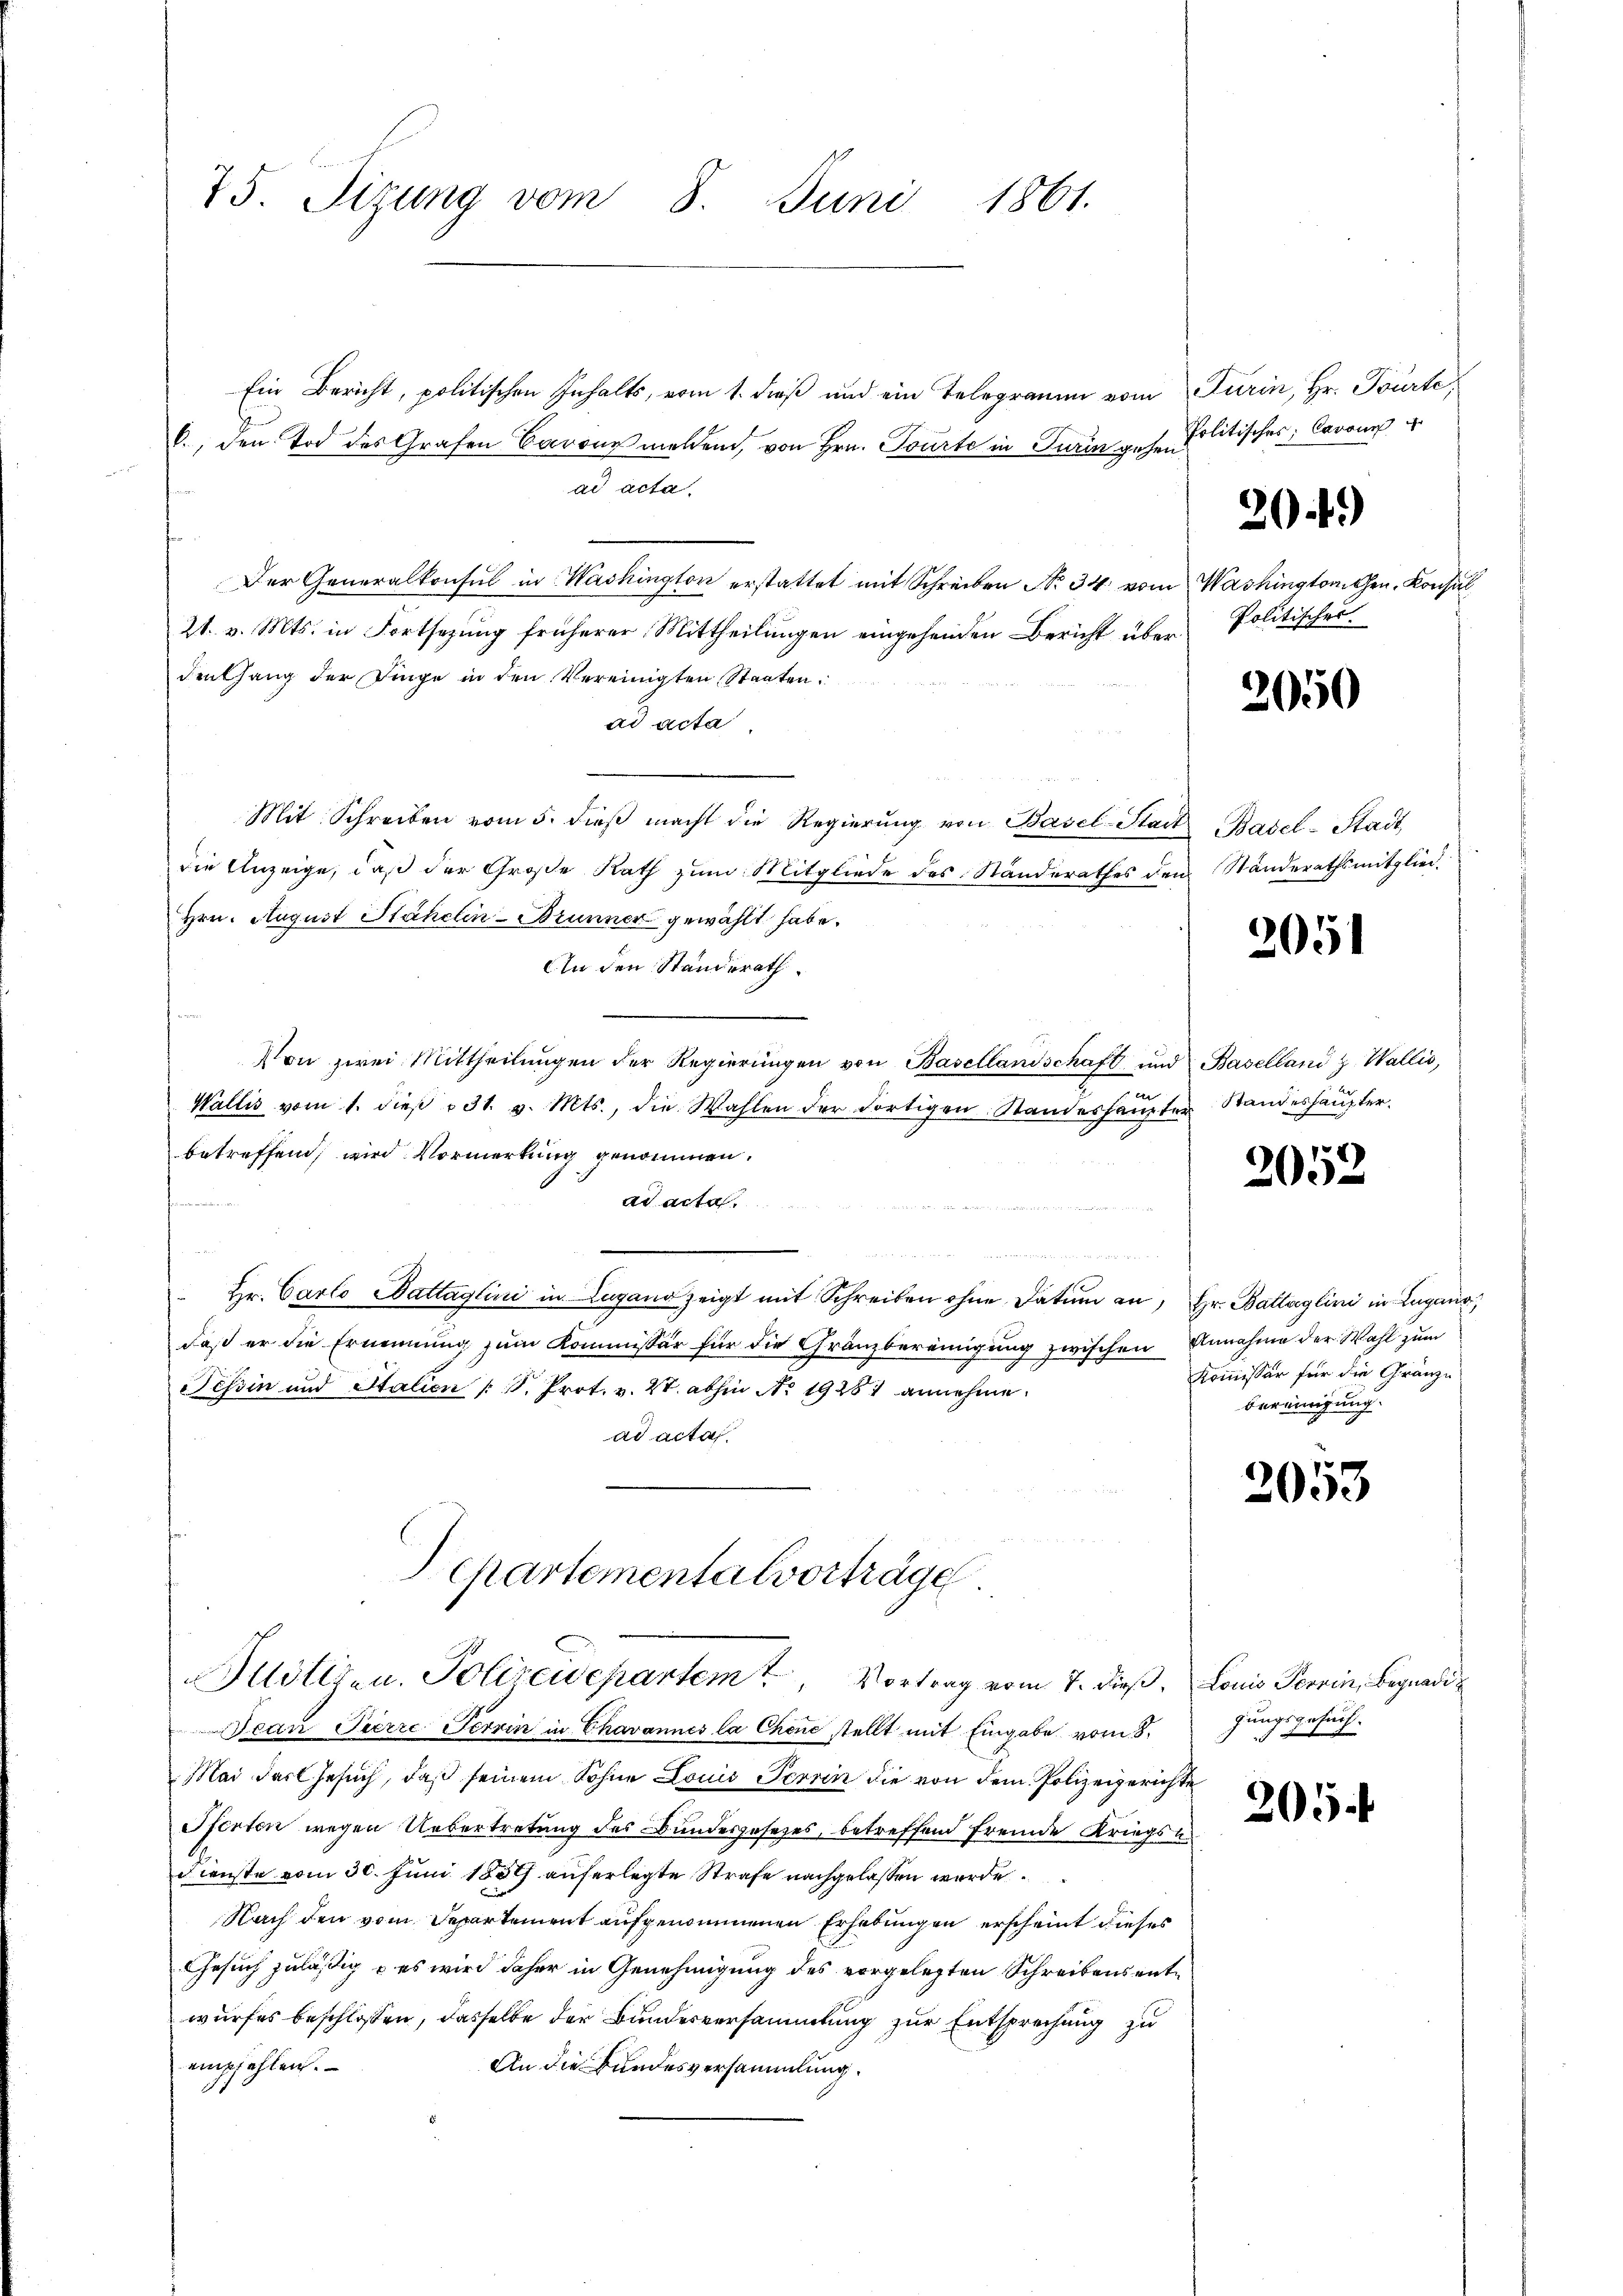
75. Sizung vom 8. Juni 1861.

Ein Bericht, politischen Inhalts, vom 1. dieß und ein Telegramm vom Turin, Hr. Tourte,
6., den Tod des Grafen Carons meldend, von Hrn. Tourte in Turin gehen
ad acta.
Der Generalkonsul in Washington erstattet mit Schreiben No. 34. vom Washingtonten, Konsul
21. v. Mts. in Fortsetzung früherer Mittheilungen eingehenden Bericht über¬
Denhang der Dinge in den Vereinigten Staaten
ad acta
Mit Schreiben vom 5. dieβ macht die Regierŭng von Basel-Stadt Basel-Stadt
die Anzeige, daß der Große Rath zum Mitgliede des Ständerathes den Ständerathsmitglied.
Hrn. August Stähelin - Brunner gewählt habe.
An den Standerath
Von zwei Mittheilŭngen der Regierŭngen von Basellandschaft und Baselland z. Wallis,
en
Wallis vom 1. dieβ 31. v. Mts., die Wahlen der dortigen Standeshaupter Standeshaupterbetreffend, wird Vormerkung genommen.
ad acta.
e
Hr. Carlo Battaglini in Lugano zeigt mit Schreiben ohne Datum an, Hr. Battaglini in Lugano
daß er die Ernennung zum Kommissär für die Gränzbereinigung zwischen Annahme der Wahl zum
Tessin und Stalien (S. Prot. v. 28. abhin No 19281 annehme.
ad acta.
epartementalvorträge
Justiren. Polizeidepartem Vortrag vom 7. dieß. Louis Terrin, Begnadi¬
Jean Pierre Terrin in Chavannes la Chene stellt mit Eingabe vom 8.
Mai das Gesuch, daß seinem Sohne Louis Terrin die von dem Polizeigerichte
Pferten wegen Uebertretung des Bundesgesetzes, betreffend fremde Kriegsen
Dienste vom 30. Juni 1859 auferlegte Strafe nachgelassen wurde.
Nach den vom Departement aufgenommenen Erhebungen erscheint dieses
Gesuch zuläßig - es wird daher in Genehmigung des vorgelegten Schreibens entwurfes beschlossen, dasselbe der Bundesversammlung zur Entsprechung zu
empfehlen.
An die Bundesversammlung.

Politisches, Caron 4

20 f.)

Politischer

2050

2051

2052

Kommissär für die Gränze
bereinigung.

2053

gungsgesuch.

201